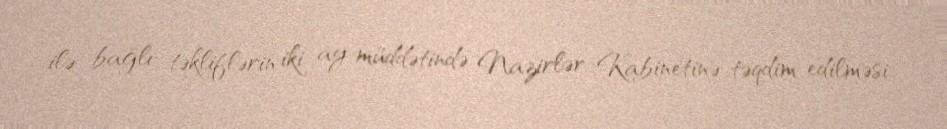
ilə bağlı təkliflərin iki ay müddətində Nazirlər Kabinetinə təqdim edilməsi